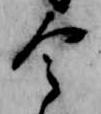
今